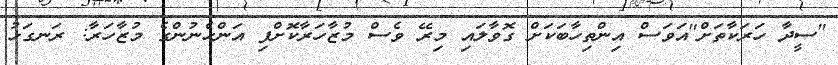
"ސީދާ ހަރަކާތަށް"އަވަސް އިންތިހާބަކަށް ގޮވާލައި މިރޭ ވެސް މުޒާހަރާކޮށްފި އަންހެނުންގެ މުޒާހަރާ: ރަނގަޅު